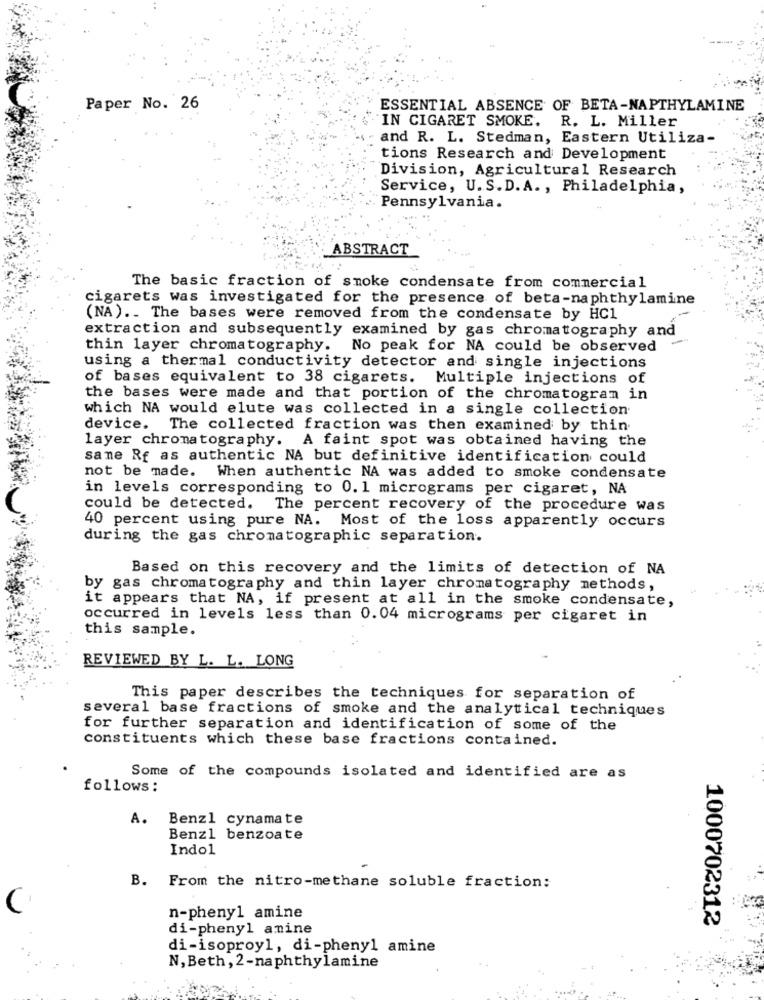
Paper No. 26
ESSENTIAL ABSENCE OF BETA-NAPTHYLAMINE
IN CIGARET SMOKE. R. L. Miller
and R. L. Stedman, Eastern Utiliza-
tions Research and Development
Division, Agricultural Research
Service, U.S.D.A ., Philadelphia,
Pennsylvania.
ABSTRACT
The basic fraction of smoke condensate from commercial
cigarets was investigated for the presence of beta-naphthylamine
(NA) .. The bases were removed from the condensate by HC1
extraction and subsequently examined by gas chromatography and
-
thin layer chromatography. No peak for NA could be observed
using a thermal conductivity detector and single injections
of bases equivalent to 38 cigarets. Multiple injections of
the bases were made and that portion of the chromatogram in
which NA would elute was collected in a single collection
device.
The collected fraction was then examined by thin
layer chromatography. A faint spot was obtained having the
same Rf as authentic NA but definitive identification could
not be made. When authentic NA was added to smoke condensate
in levels corresponding to 0. 1 micrograms per cigaret, NA
could be detected. The percent recovery of the procedure was
40 percent using pure NA. Most of the loss apparently occurs
during the gas chromatographic separation.
Based on this recovery and the limits of detection of NA
by gas chromatography and thin layer chromatography methods,
it appears that NA, if present at all in the smoke condensate,
occurred in levels less than 0.04 micrograms per cigaret in
this sample.
REVIEWED BY L. L. LONG
This paper describes the techniques for separation of
several base fractions of smoke and the analytical techniques
for further separation and identification of some of the
constituents which these base fractions contained.
Some of the compounds isolated and identified are as
follows:
A. Benzl cynamate
Benzl benzoate
Indol
B.
From the nitro-methane soluble fraction:
C
n-phenyl amine
1000702312
di-phenyl amine
di-isoproyl, di-phenyl amine
N,Beth, 2-naphthylamine